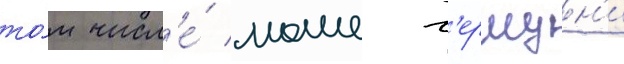
то́м числ'е́ моше г'ершун'и